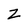
Character: Z